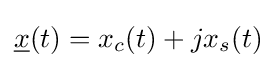
{\underline {x}}(t)=x_{c}(t)+jx_{s}(t)